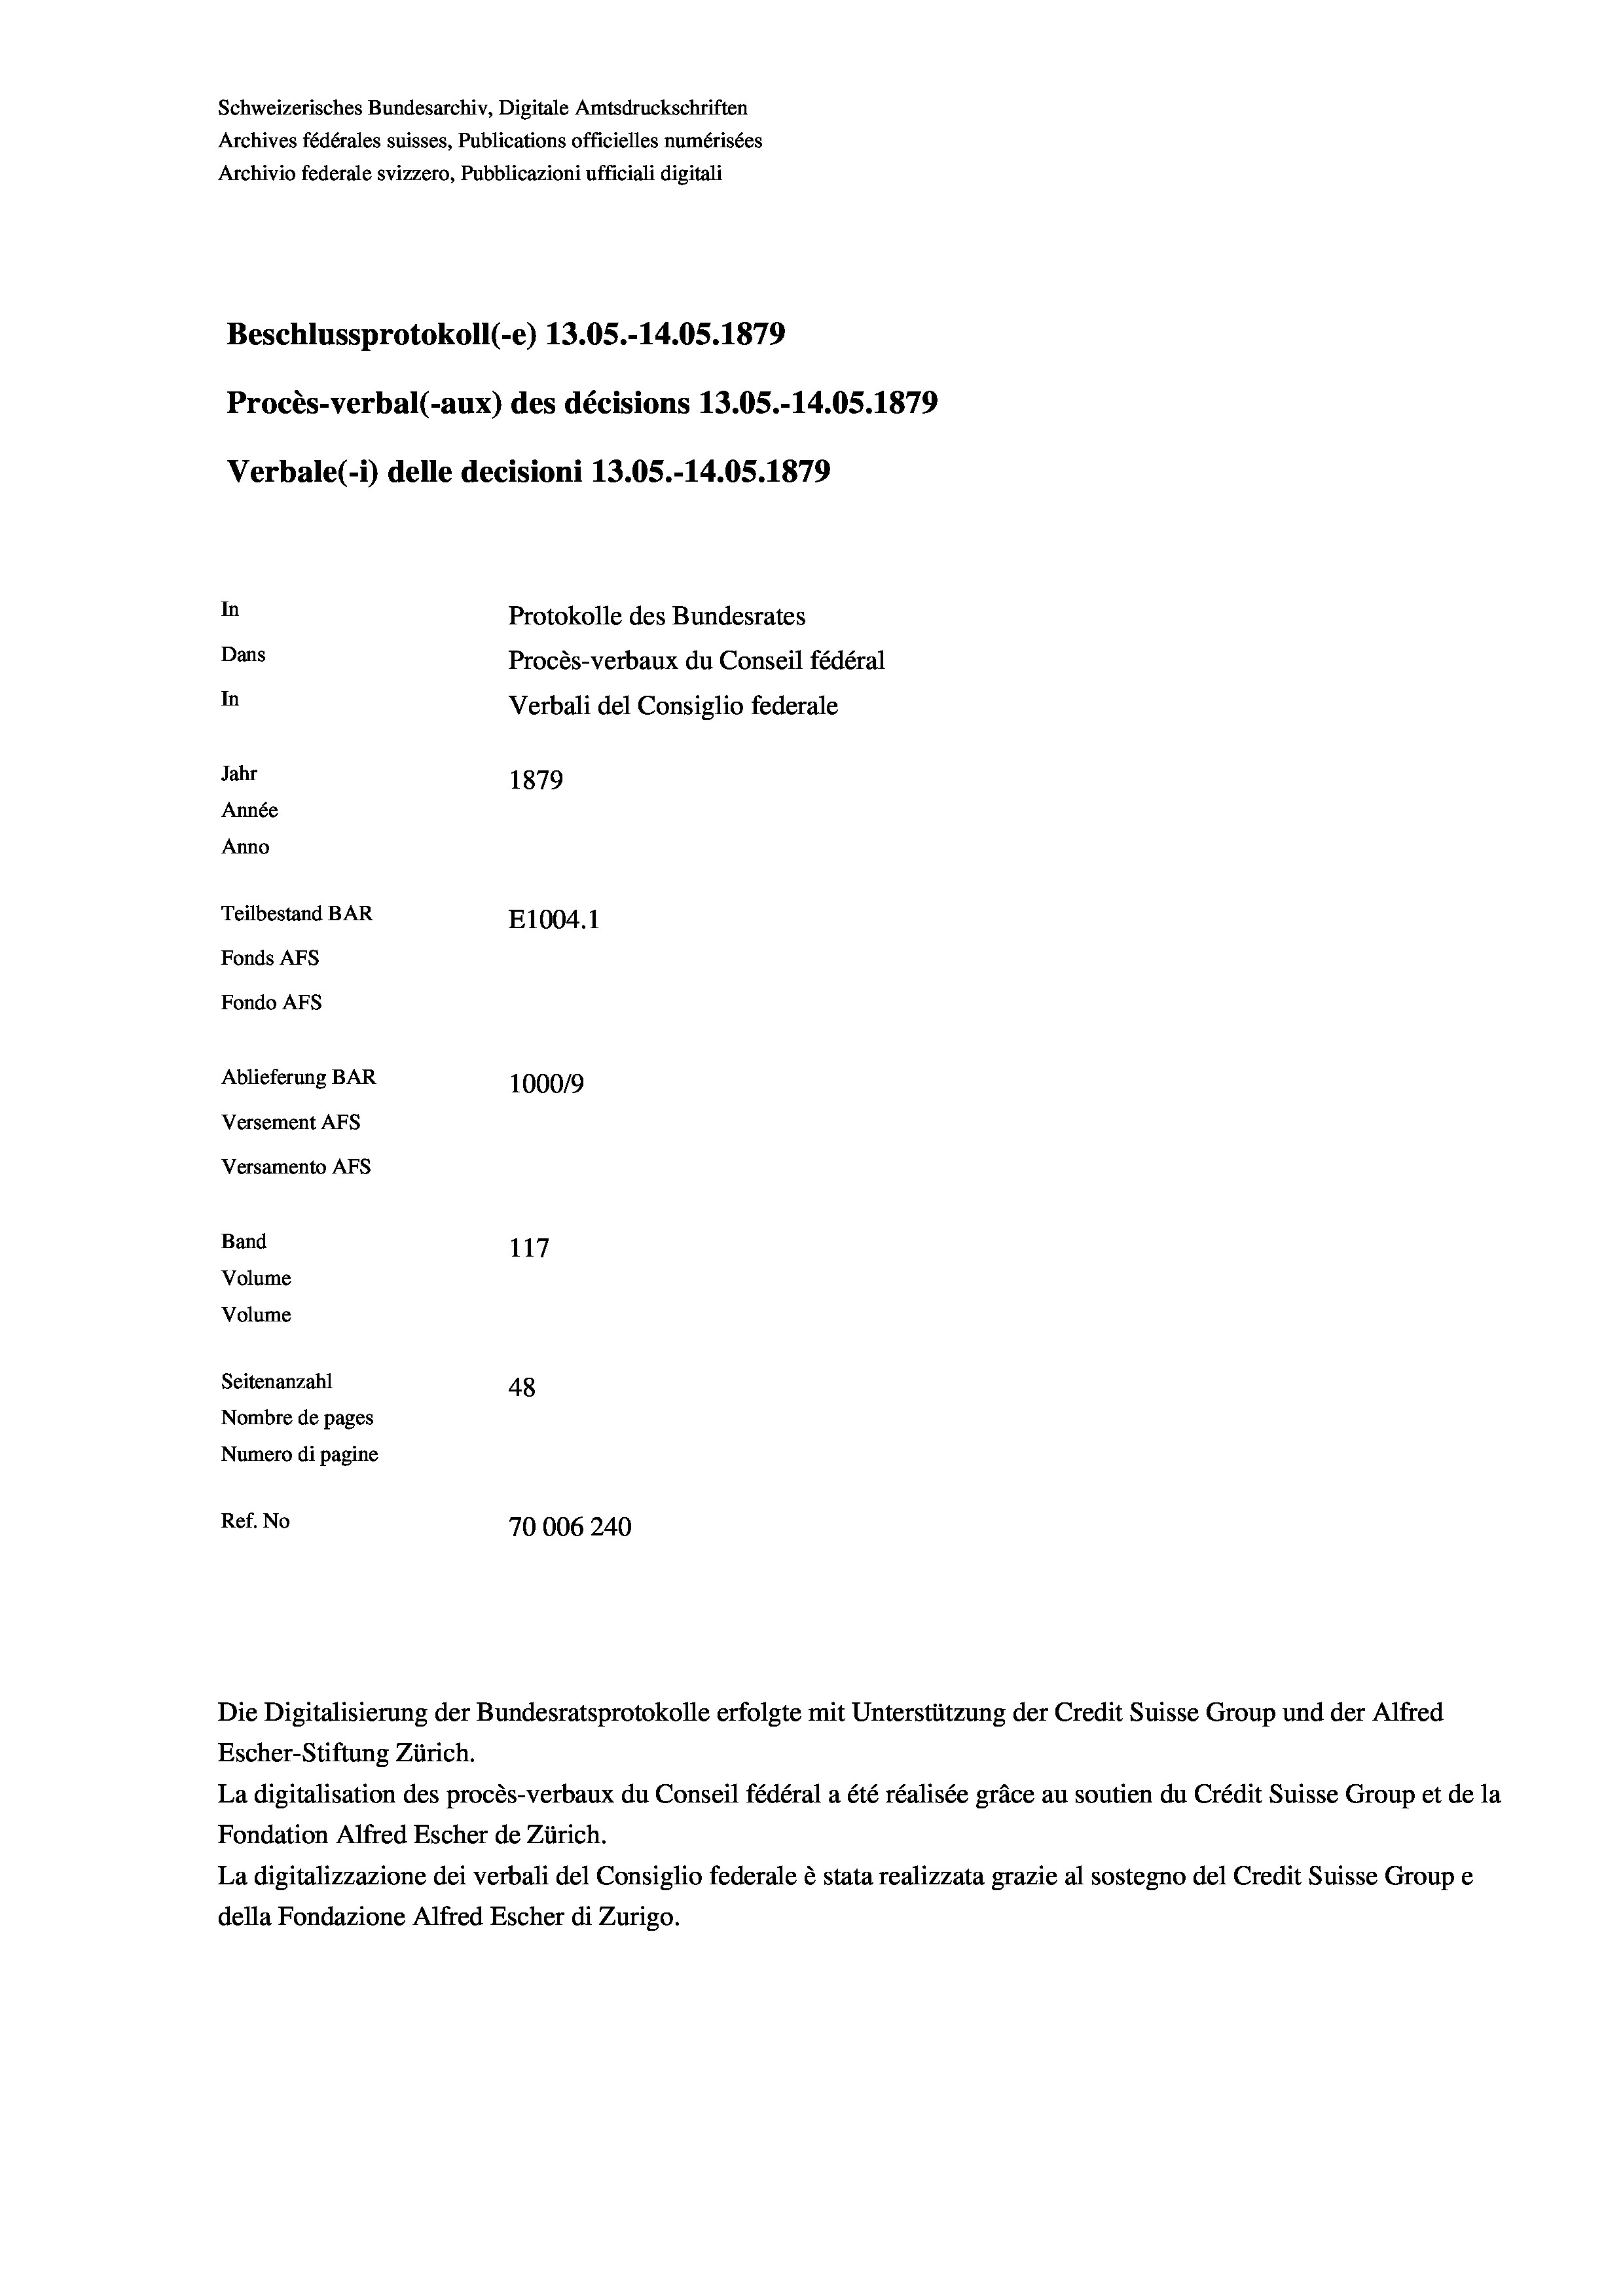
Schweizerisches Bundesarchiv, Digitale Amtsdruckschriften
Archives fédérales suisses, Publications officielles numérisées
Archivio federale svizzero, Pubblicazioni ufficiali digitali
Beschlussprotokoll (-e) 13.05.-14.05. 1879
Procès-verbal (-aux) des décisions 13.05.-14.05. 1879
Verbale(*) delle decisioni 13.05.-14.05. 1879
In
Protokolle des Bundesrates
Dans
Procès-verbaux du Conseil fédéral
In
Verbali del Consiglio federale
Jahr
1879
Année
Anno
Teilbestand BAR
E1004. 1
Fonds AFs
Fondo Afs
Ablieferung BAR
100019
Versement AFs
Versamento AFS

117
Seitenanzahl
48
Nombre de pages
Numero di pagine
Ref. No
70006240

Band

Volume
Volume

Escher-Stiftung Zürich.
La digitalisation des procès-verbaux du Conseil fédéral a été réalisée gräce au soutien du Crédit Suisse Group et de la
Fondation Alfred Escher de Zürich.
La digitalizzazione dei verbali del Consiglio federale è stata realizzata grazie al sostegno del Credit Suisse Groupe
della Fondazione Alfred Escher di Zurigo.

Die Digitalisierung der Bundesratsprotokolle erfolgte mit Unterstützung der Credit Suisse Group und der Alfred